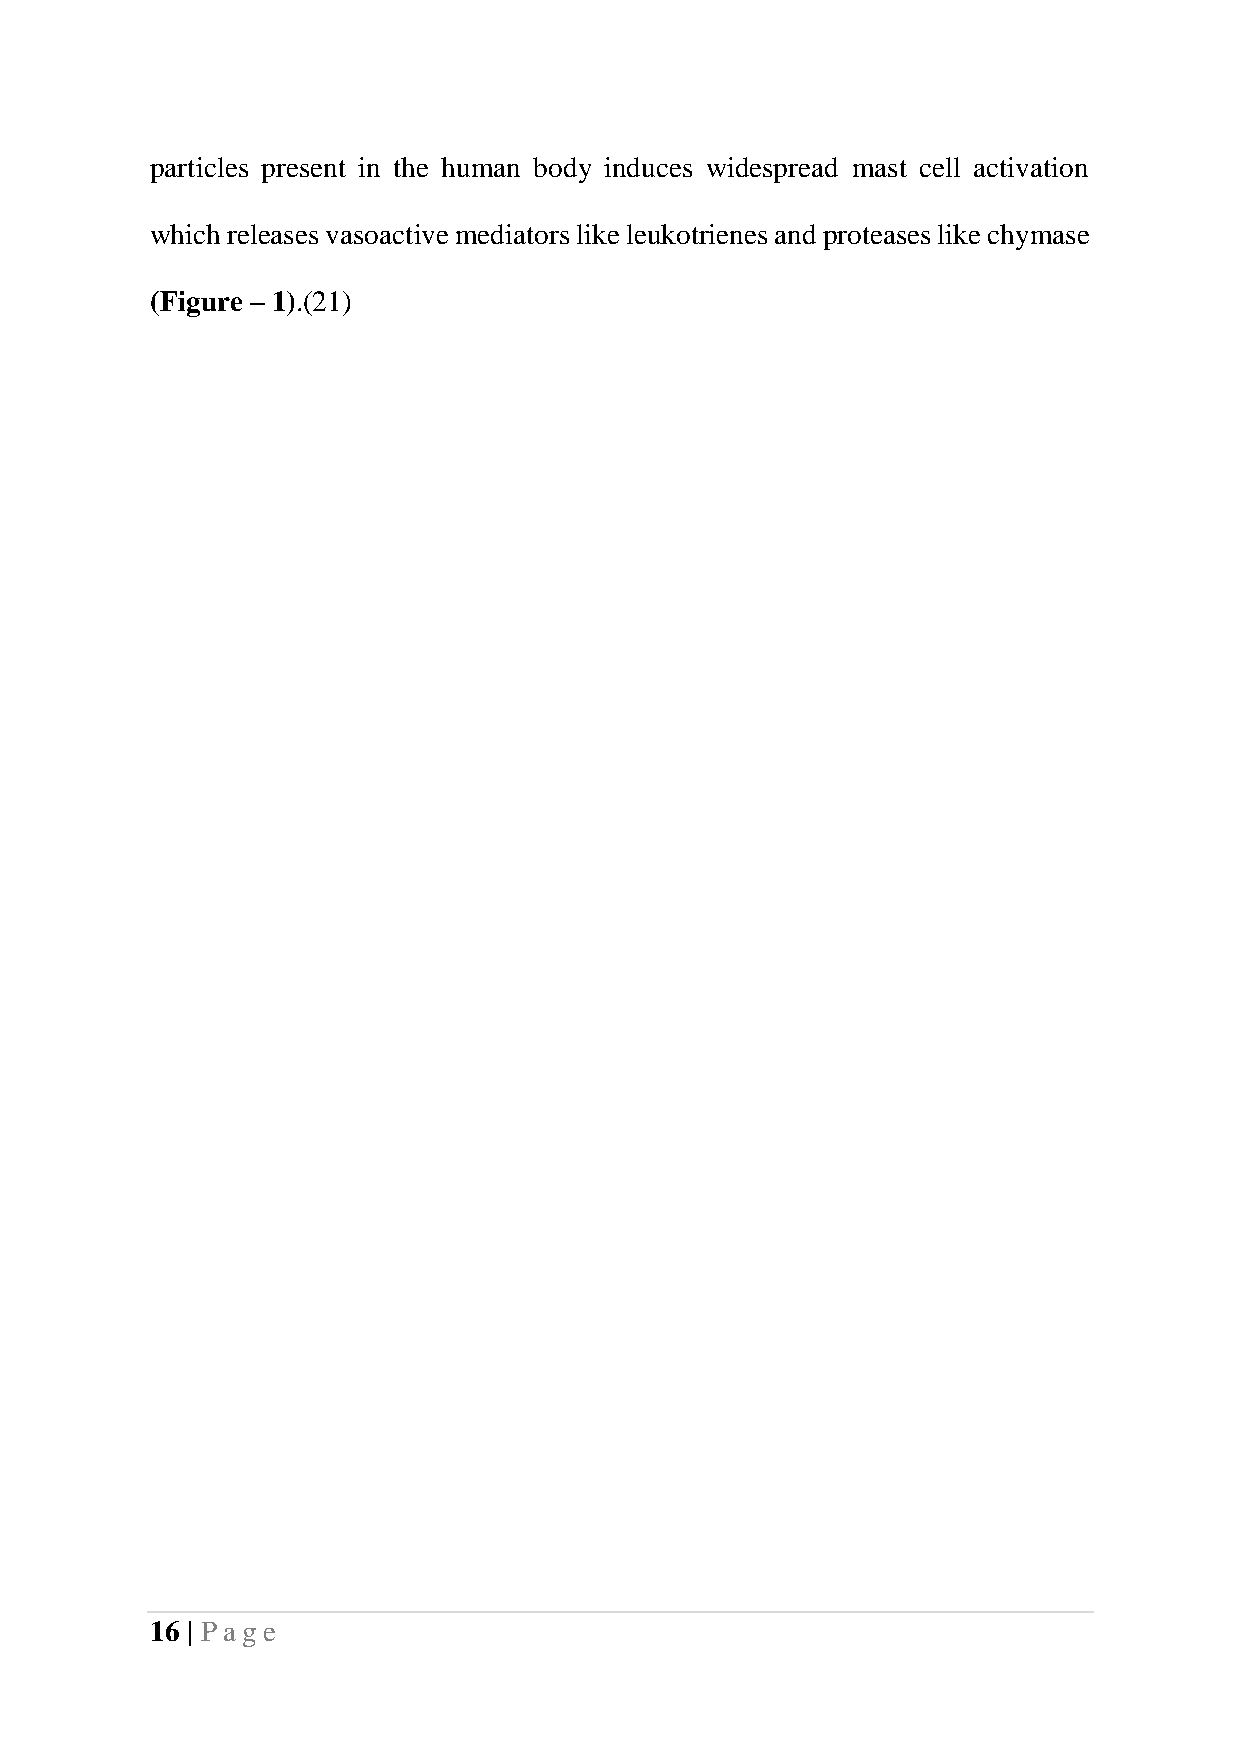
particles present in the human body induces widespread mast cell activation
 which releases vasoactive mediators like leukotrienes and proteases like chymase
 (Figure – 1).(21)
 16 | Pag e